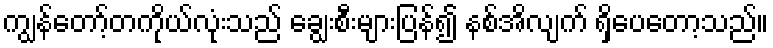
ကျွန်တော့်တကိုယ်လုံးသည် ချွေးစီးများပြန်၍ နစ်အိလျက် ရှိပေတော့သည်။